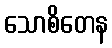
သောစိတေန